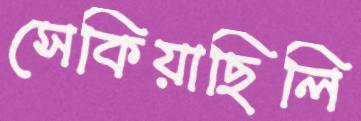
সেকিয়াছিলি